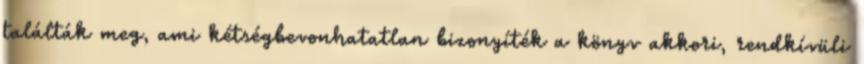
találták meg, ami kétségbevonhatatlan bizonyíték a könyv akkori, rendkívüli